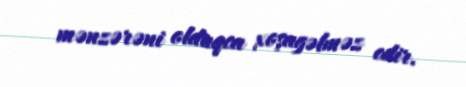
mənzərəni olduqca xoşagəlməz edir.